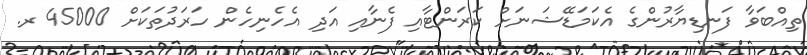
ތިއްބަވާ ފަނޑިޔާރުންގެ އެކަމަޑޭޝަނަށް ކަރަންޓާއި ފެނާއި އަދި އެހެނިހެން ހަރަދުތަކަށް 45000 ރ.